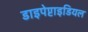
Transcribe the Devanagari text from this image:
डाइपेप्टाइडियल